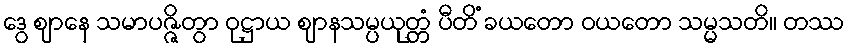
ဒွေ ဈာနေ သမာပဇ္ဇိတွာ ဝုဋ္ဌာယ ဈာနသမ္ပယုတ္တံ ပီတိံ ခယတော ဝယတော သမ္မသတိ။ တဿ